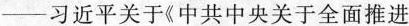
-习近平关于《中共中央关于全面推进